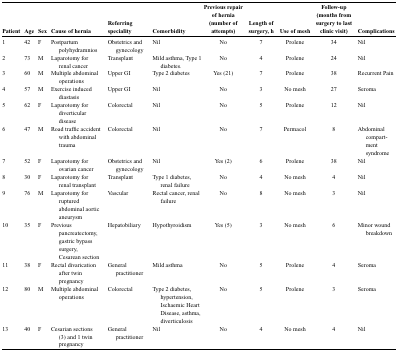
| Patient | Age | Sex | Cause of hernia | Referring speciality | Comorbidity | Previous repair of hernia (number of attempts) | Length of surgery, h | Use of mesh | Follow-up (months from surgery to last clinic visit) | Complications |
 | --- | --- | --- | --- | --- | --- | --- | --- | --- | --- | --- |
 | 1 | 42 | F | Postpartum polyhydramnios | Obstetrics and gynecology | Nil | No | 7 | Prolene | 34 | Nil |
 | 2 | 73 | M | Laparotomy for renal cancer | Transplant | Mild asthma, Type 1 diabetes. | No | 4 | Prolene | 24 | Nil |
 | 3 | 60 | M | Multiple abdominal operations | Upper GI | Type 2 diabetes | Yes (21) | 7 | Prolene | 38 | Recurrent Pain |
 | 4 | 57 | M | Exercise induced diastasis | Upper GI | Nil | No | 3 | No mesh | 27 | Seroma |
 | 5 | 62 | F | Laparotomy for diverticular disease | Colorectal | Nil | No | 5 | Prolene | 12 | Nil |
 | 6 | 47 | M | Road traffic accident with abdominal trauma | Colorectal | Nil | No | 7 | Permacol | 8 | Abdominal compartment syndrome |
 | 7 | 52 | F | Laparotomy for ovarian cancer | Obstetrics and gynecology | Nil | Yes (2) | 6 | Prolene | 38 | Nil |
 | 8 | 30 | F | Laparotomy for renal transplant | Transplant | Type 1 diabetes, renal failure | No | 4 | No mesh | 4 | Nil |
 | 9 | 76 | M | Laparotomy for ruptured abdominal aortic aneurysm | Vascular | Rectal cancer, renal failure | No | 8 | No mesh | 3 | Nil |
 | 10 | 35 | F | Previous pancreatectomy, gastric bypass surgery, Cesarean section | Hepatobiliary | Hypothyroidism | Yes (5) | 3 | No mesh | 6 | Minor wound breakdown |
 | 11 | 38 | F | Rectal divarication after twin pregnancy | General practitioner | Mild asthma | No | 5 | Prolene | 4 | Seroma |
 | 12 | 80 | M | Multiple abdominal operations | Colorectal | Type 2 diabetes, hypertension, Ischaemic Heart Disease, asthma, diverticulosis | No | 5 | Prolene | 3 | Seroma |
 | 13 | 40 | F | Cesarian sections (3) and 1 twin pregnancy | General practitioner | Nil | No | 4 | No mesh | 4 | Nil |